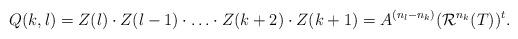
LaTeX: \begin{align*}Q(k,l) = Z(l)\cdot Z(l-1) \cdot \dotsc \cdot Z(k+2) \cdot Z(k+1) = A^{(n_{l}-n_{k})}(\mathcal{R}^{n_k}(T))^t.\end{align*}